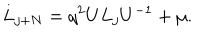
LaTeX: L _ { j + N } = q ^ { 2 } U L _ { j } U ^ { - 1 } + \mu .